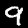
Label: 9